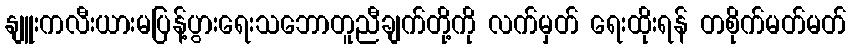
နျူးကလီးယားမပြန့်ပွားရေးသဘောတူညီချက်တို့ကို လက်မှတ် ရေးထိုးရန် တစိုက်မတ်မတ်